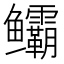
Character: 𬶻